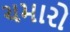
ચમારો